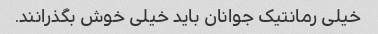
خیلی رمانتیک جوانان باید خیلی خوش بگذرانند.